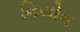
નિયોન